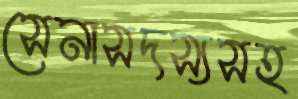
সেনাসদস্যসহ